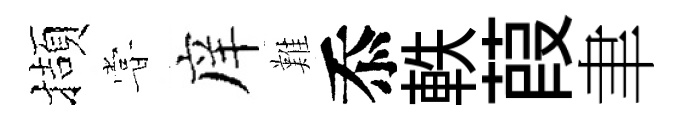
擷甞庠難忝軼葭聿